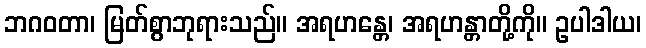
ဘဂဝတာ၊ မြတ်စွာဘုရားသည်။ အရဟန္တေ၊ အရဟန္တာတို့ကို။ ဥပါဒါယ၊